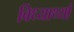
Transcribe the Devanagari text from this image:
विध्यार्थ्या